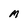
Character: M